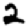
Digit: 2